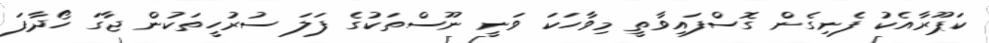
ކަޕޫރާއެކު ފެނިގެން ގޮސްފައިވާތީ މިވާހަކަ ވަނީ ނޫސްތަކުގެ ފަލަ ސުރުހީތަކުން ޖާގަ ހޯދާފަ